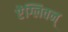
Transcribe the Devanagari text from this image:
ऐंग्लिवन्